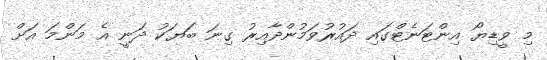
މި ވީޑިޔޯ އިންޓަނެޓްގައި ދައުރުވަމުންދާއިރު ގިނަ ބަޔަކު ދަނީ އެ މަންމަ އަށް